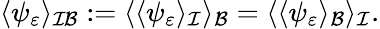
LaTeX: \begin{array}{r}{\langle\psi_{\varepsilon}\rangle_{\mathcal{IB}}:=\langle\langle\psi_{\varepsilon}\rangle_{\mathcal I}\rangle_{\mathcal B}=\langle\langle\psi_{\varepsilon}\rangle_{\mathcal B}\rangle_{\mathcal I}.}\end{array}